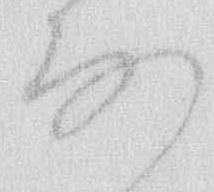
な